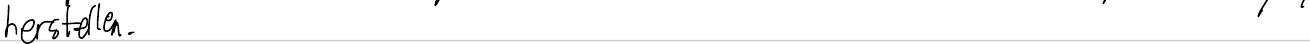
herstellen.